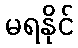
မရနိုင်